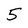
Character: 5